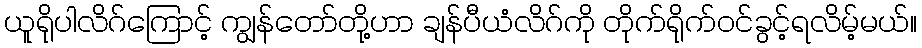
ယူရိုပါလိဂ်ကြောင့် ကျွန်တော်တို့ဟာ ချန်ပီယံလိဂ်ကို တိုက်ရိုက်ဝင်ခွင့်ရလိမ့်မယ်။